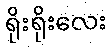
ရိုးရိုးလေး